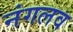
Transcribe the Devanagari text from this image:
नंगलव